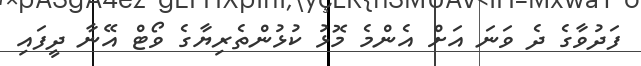
ފަދުވާގެ ދެ ވަނަ އަށް އެންމެ މޮޅު ކުޅުންތެރިޔާގެ ވޯޓް އޭނާ ދީފައި